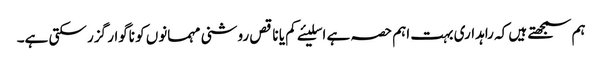
ہم سمجھتے ہیں کہ راہداری بہت اہم حصہ ہے اسلیئے کم یا ناقص روشنی مہمانوں کو ناگوار گزر سکتی ہے۔